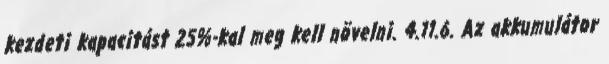
kezdeti kapacitást 25%-kal meg kell növelni. 4.11.6. Az akkumulátor